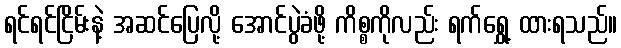
ရင်ရင်ငြိမ်းနဲ့ အဆင်ပြေလို့ အောင်ပွဲခံဖို့ ကိစ္စကိုလည်း ရက်ရွှေ့ ထားရသည်။